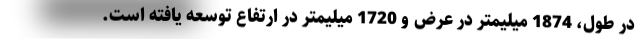
در طول، 1874 میلیمتر در عرض و 1720 میلیمتر در ارتفاع توسعه یافته است.